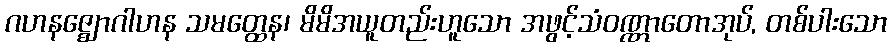
ဂဟနဇ္ဈောဂါဟန သမတ္ထေန၊ မိမိအယူတည်းဟူသော အဖွင့်သံဝဏ္ဏာတောအုပ်, တစ်ပါးသော